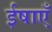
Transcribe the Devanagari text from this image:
ईषाएँ